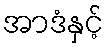
အာဒံနှင့်